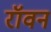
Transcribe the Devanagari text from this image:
रॉवन